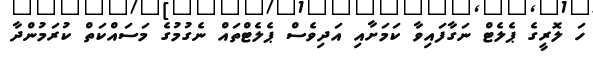
ހަ ލޮރީގެ ޕެލެޓް ނަގާފައިވާ ކަމަށާއި އަދިވެސް ޕެލެޓްތައް ނެގުމުގެ މަސައްކަތް ކުރަމުންދާ